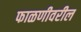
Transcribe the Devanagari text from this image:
फाळणीवरील